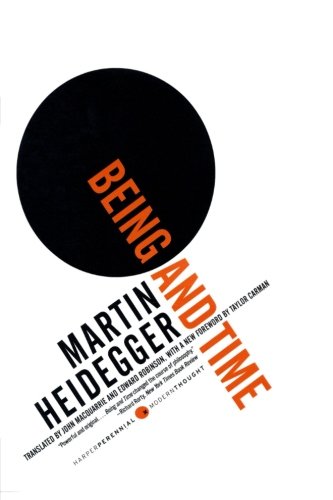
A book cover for Being and Time (Harper Perennial Modern Thought); Martin Heidegger; Politics & Social Sciences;